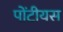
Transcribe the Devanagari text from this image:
पोंटीयस